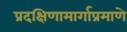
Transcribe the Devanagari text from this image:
प्रदक्षिणामार्गाप्रमाणे